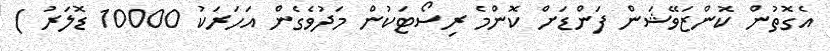
އެގޮތުން ކޮންޒަވޭޝަން ފަންޑަށް ކޮންމެ ރިސޯޓަކުން މަދުވެގެން އަހަރަކު 10000 ޑޮލަރު )